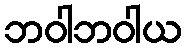
ဘဝါဘဝါယ